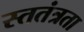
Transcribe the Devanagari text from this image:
स्ततंत्रता